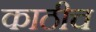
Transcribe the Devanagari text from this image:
काठीच